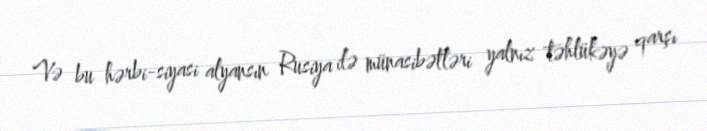
Və bu hərbi-siyasi alyansın Rusiya ilə münasibətləri yalnız təhlükəyə qarşı